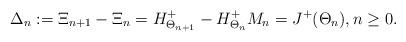
LaTeX: \begin{align*} \Delta_n:=\Xi_{n+1} - \Xi_n = H^+_{\Theta_{n+1}}-H^+_{\Theta_n} M_n=J^+({\Theta_n}), n\geq 0 .\end{align*}